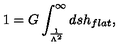
1 = G \int _ { \frac { 1 } { \Lambda ^ { 2 } } } ^ { \infty } d s h _ { f l a t } ,